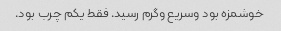
خوشمزه بود و‌سریع و‌گرم رسید. فقط یکم چرب بود.